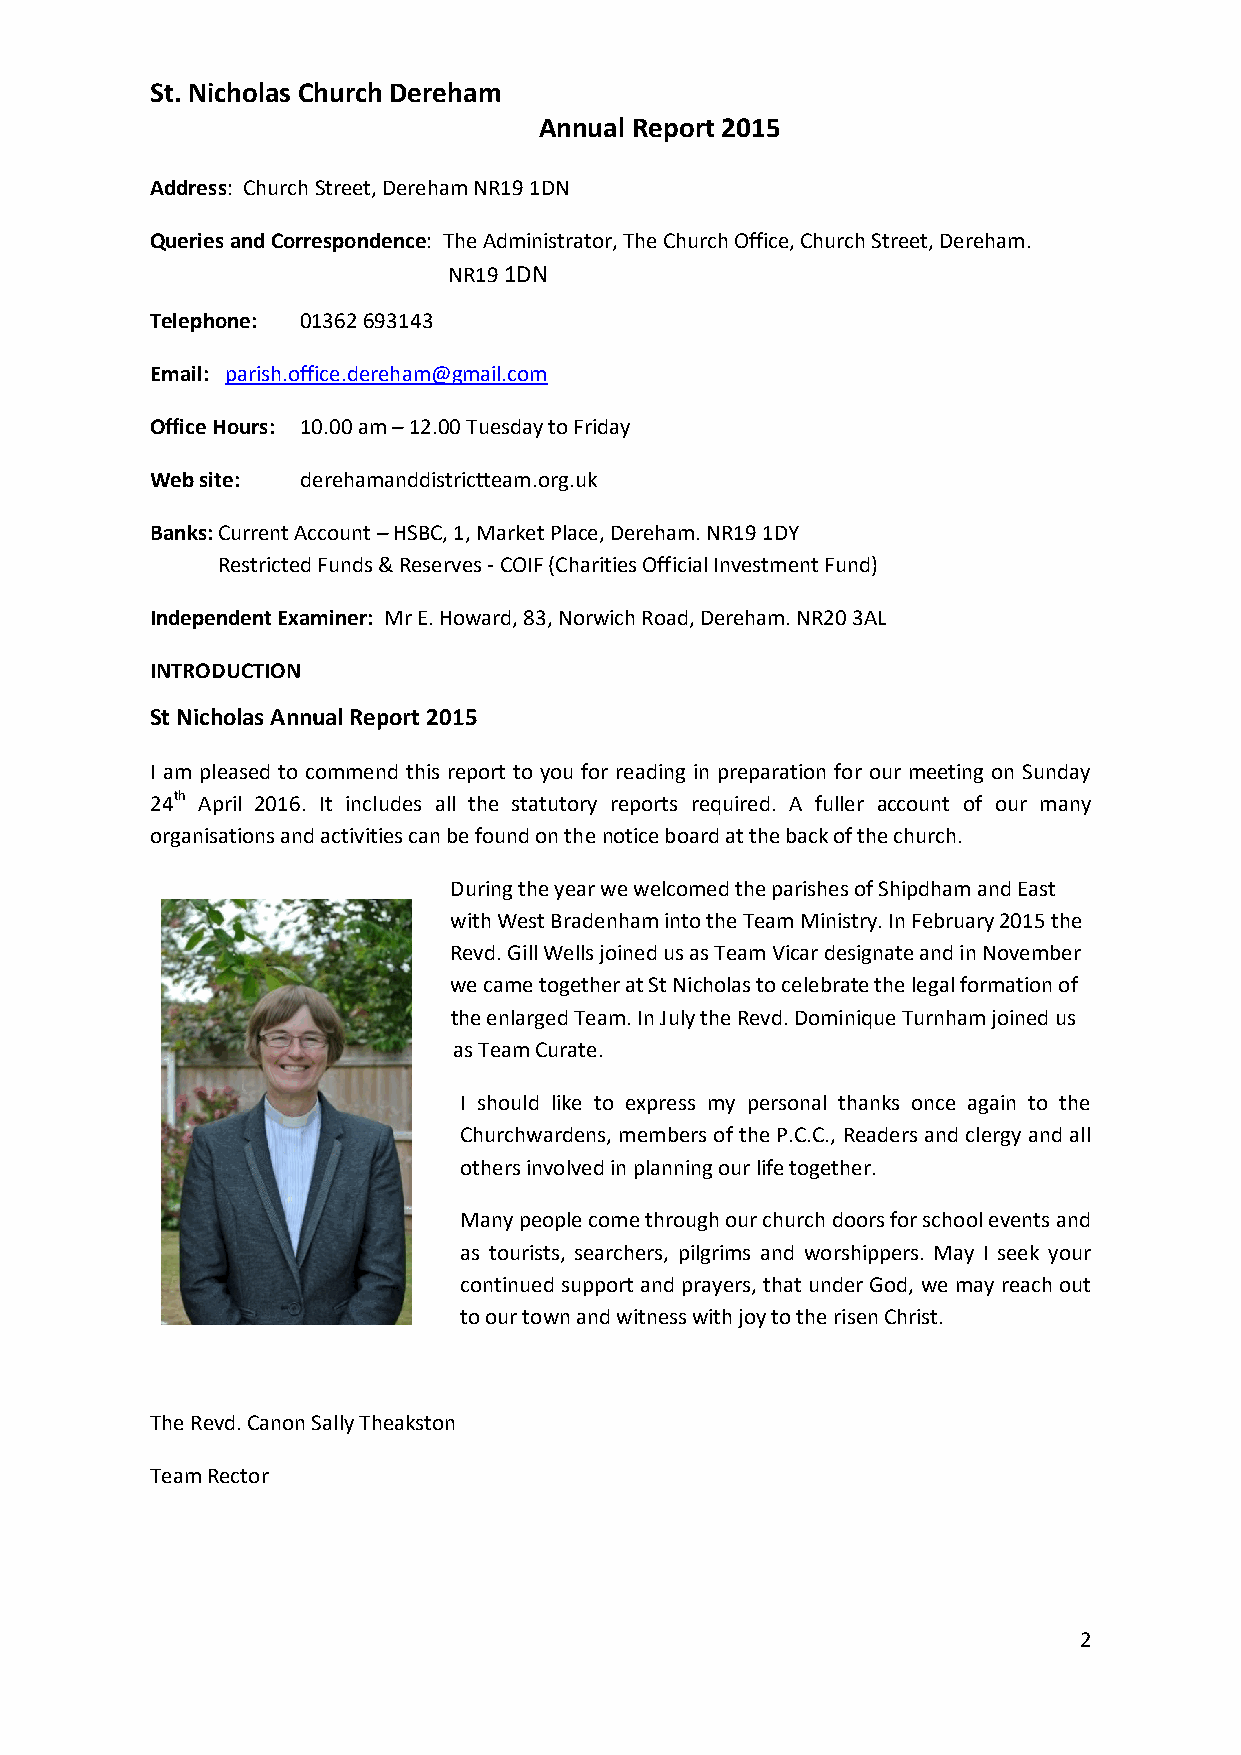
St. Nicholas Church Dereham
 Annual Report 2015
 Address: Church Street, Dereham NR19 1DN
 Queries and Correspondence: The Administrator, The Church Office, Church Street, Dereham.
 NR19 1DN
 Telephone: 01362 693143
 Email: parish.office.dereham@gmail.com
 Office Hours: 10.00 am – 12.00 Tuesday to Friday
 Web site: derehamanddistrictteam.org.uk
 Banks: Current Account – HSBC, 1, Market Place, Dereham. NR19 1DY
 Restricted Funds & Reserves - COIF (Charities Official Investment Fund)
 Independent Examiner: Mr E. Howard, 83, Norwich Road, Dereham. NR20 3AL
 INTRODUCTION
 St Nicholas Annual Report 2015
 I am pleased to commend this report to you for reading in preparation for our meeting on Sunday
 24th April 2016. It includes all the statutory reports required. A fuller account of our many
 organisations and activities can be found on the notice board at the back of the church.
 During the year we welcomed the parishes of Shipdham and East
 with West Bradenham into the Team Ministry. In February 2015 the
 Revd. Gill Wells joined us as Team Vicar designate and in November
 we came together at St Nicholas to celebrate the legal formation of
 the enlarged Team. In July the Revd. Dominique Turnham joined us
 as Team Curate.
 I should like to express my personal thanks once again to the
 Churchwardens, members of the P.C.C., Readers and clergy and all
 others involved in planning our life together.
 Many people come through our church doors for school events and
 as tourists, searchers, pilgrims and worshippers. May I seek your
 continued support and prayers, that under God, we may reach out
 to our town and witness with joy to the risen Christ.
 The Revd. Canon Sally Theakston
 Team Rector
 2